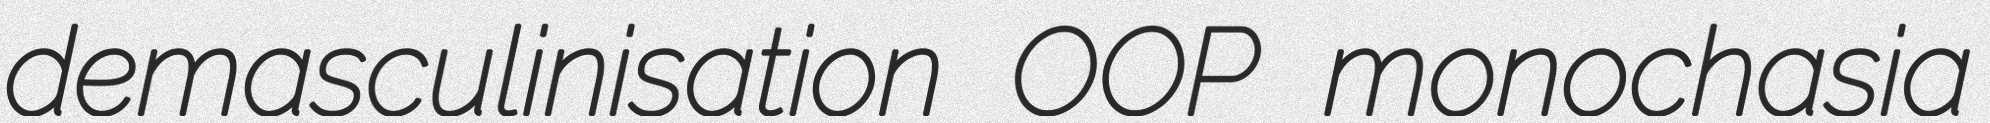
demasculinisation OOP monochasia